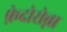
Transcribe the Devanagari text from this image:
फ़ेदोरोव्ना